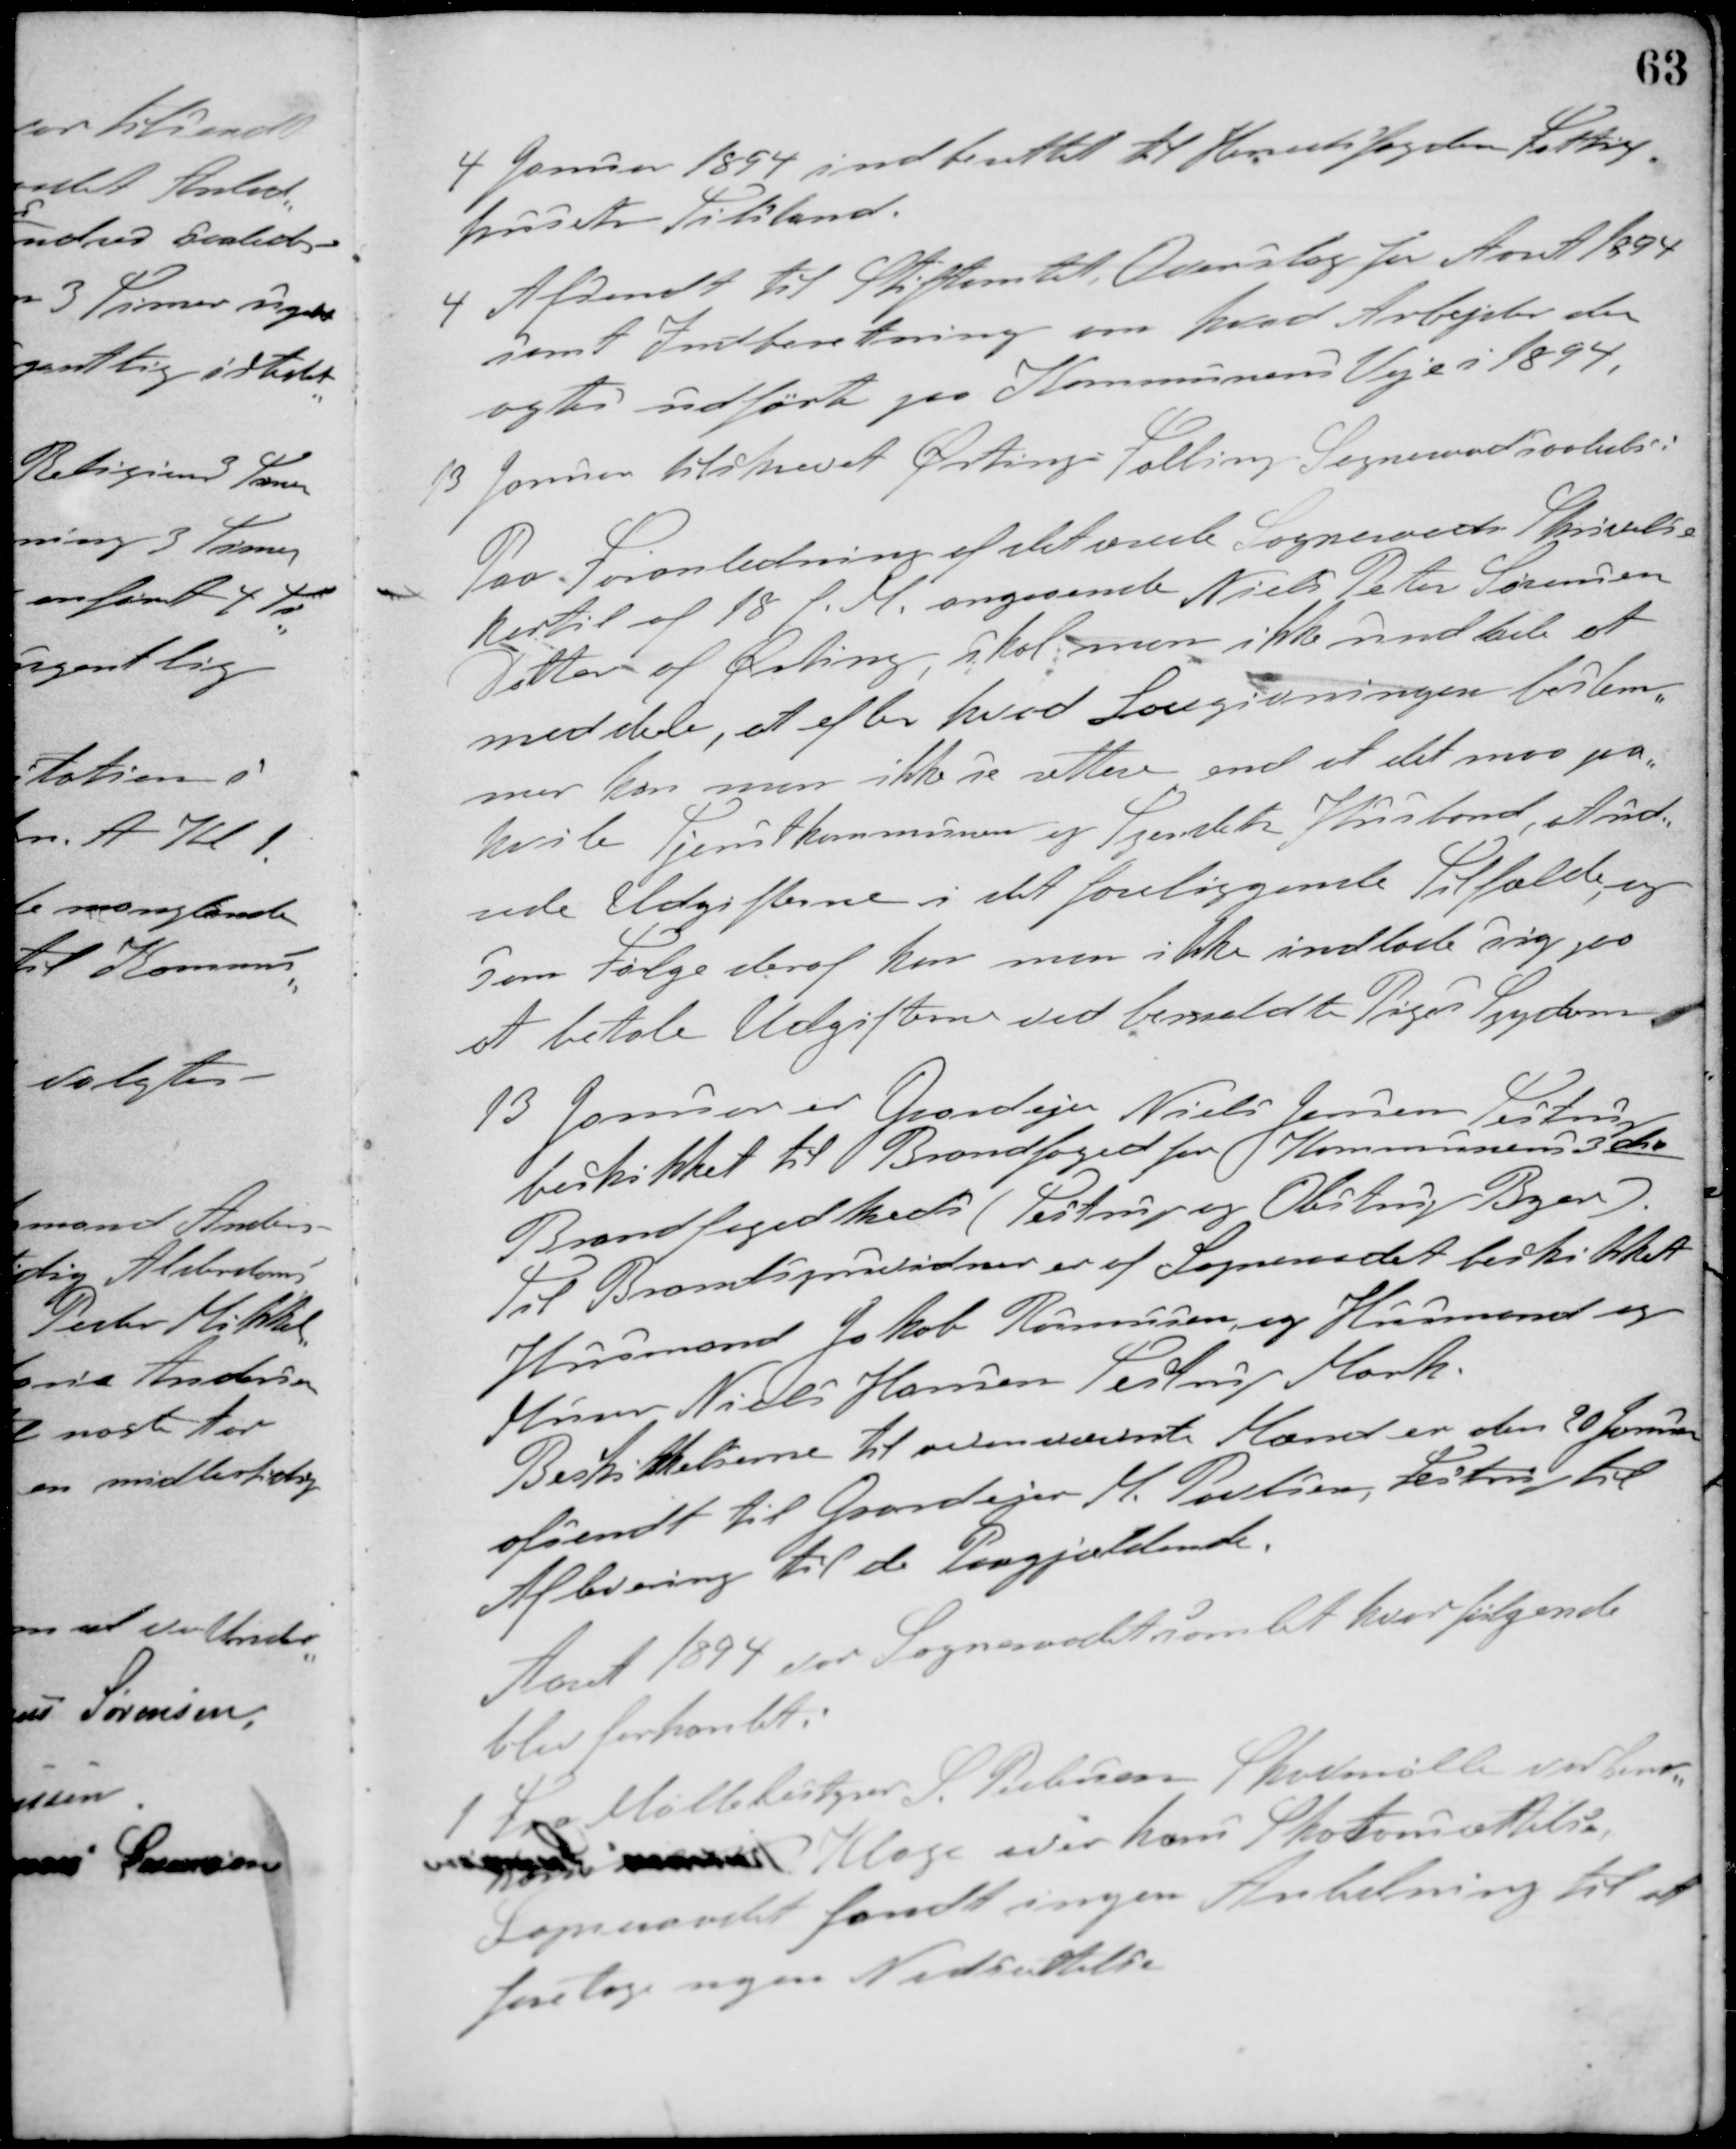
Transskription:
4 Januar 1894 indberettet til Herredsfogden fattig-
husets Tilstand.
4 Afsendt til Stiftamtet Overslag for Aaret 1894
samt Indberetning om hvad Arbejder der
agtes udført paa Kommunens Veje i 1894.
13 Januar tilskrevet Ørting-Falling. Sogneraad saaledes:
Paa Foranledning af det ærede Sogneraads Skrivelse
hertil af 18 f. M. angaaende Niels Peter Sørensen
Datter af Ørting skal man ikke undlade at
meddele, at efter hvad Lovgivningen bestem-
mer kan man ikke se rettere end at det maa paa-
hvile Tjenstkommunen og Tjenstets Husbond, at ud-
rede Udgifterne i det foreliggende Tilfælde, og
som følge deraf kan man ikke indlade sig paa
at betale Udgifterne ved bemeldte Piges Sygdom.
13 Januar er Gardejer Niels Jensen, Testrup
beskikket til Brandfoged for Kommunens 3die
Brandfogedkreds (Testrup og Obstrup Byer).
Til Brandsynvidner er af Sogneraadet beskikket
Husmand Jakob Rasmussen og Husmand og
Murer Niels Hansen, Testrup Mark.
Beskikkelserne til ovennævnte Mænd er den 20 Januar
afsendt til Gaardejer M. Poulsen, Testrup til
Aflevering til de Paagjældende.
Aaret 1894 var Sogneraadet samlet hvor følgende
blev forhandlet.
1 Fra Møllebestyrer S. Petersen Skovmølle var hende
 Klage over hans Skatteansættelse.
Sogneraadet fandt ingen Anledning til at
foretage nogen Nedsættelse.